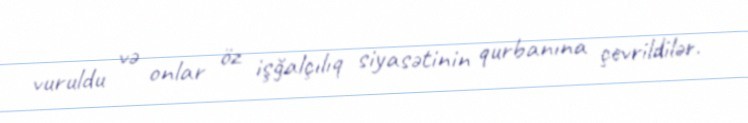
vuruldu və onlar öz işğalçılıq siyasətinin qurbanına çevrildilər.